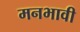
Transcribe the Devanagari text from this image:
मनभावी